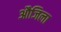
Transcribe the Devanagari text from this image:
औजिला